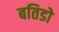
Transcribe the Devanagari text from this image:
बतिडो